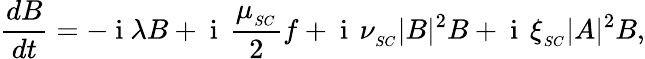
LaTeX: \frac{dB}{dt}=-\mathrm{~i~}\lambda B+\mathrm{~i~}\, \frac{\mu_{_{SC}}}{2}f+\mathrm{~i~}\, \nu_{_{SC}}|B|^{2}B+\mathrm{~i~}\, \xi_{_{SC}}|A|^{2}B,